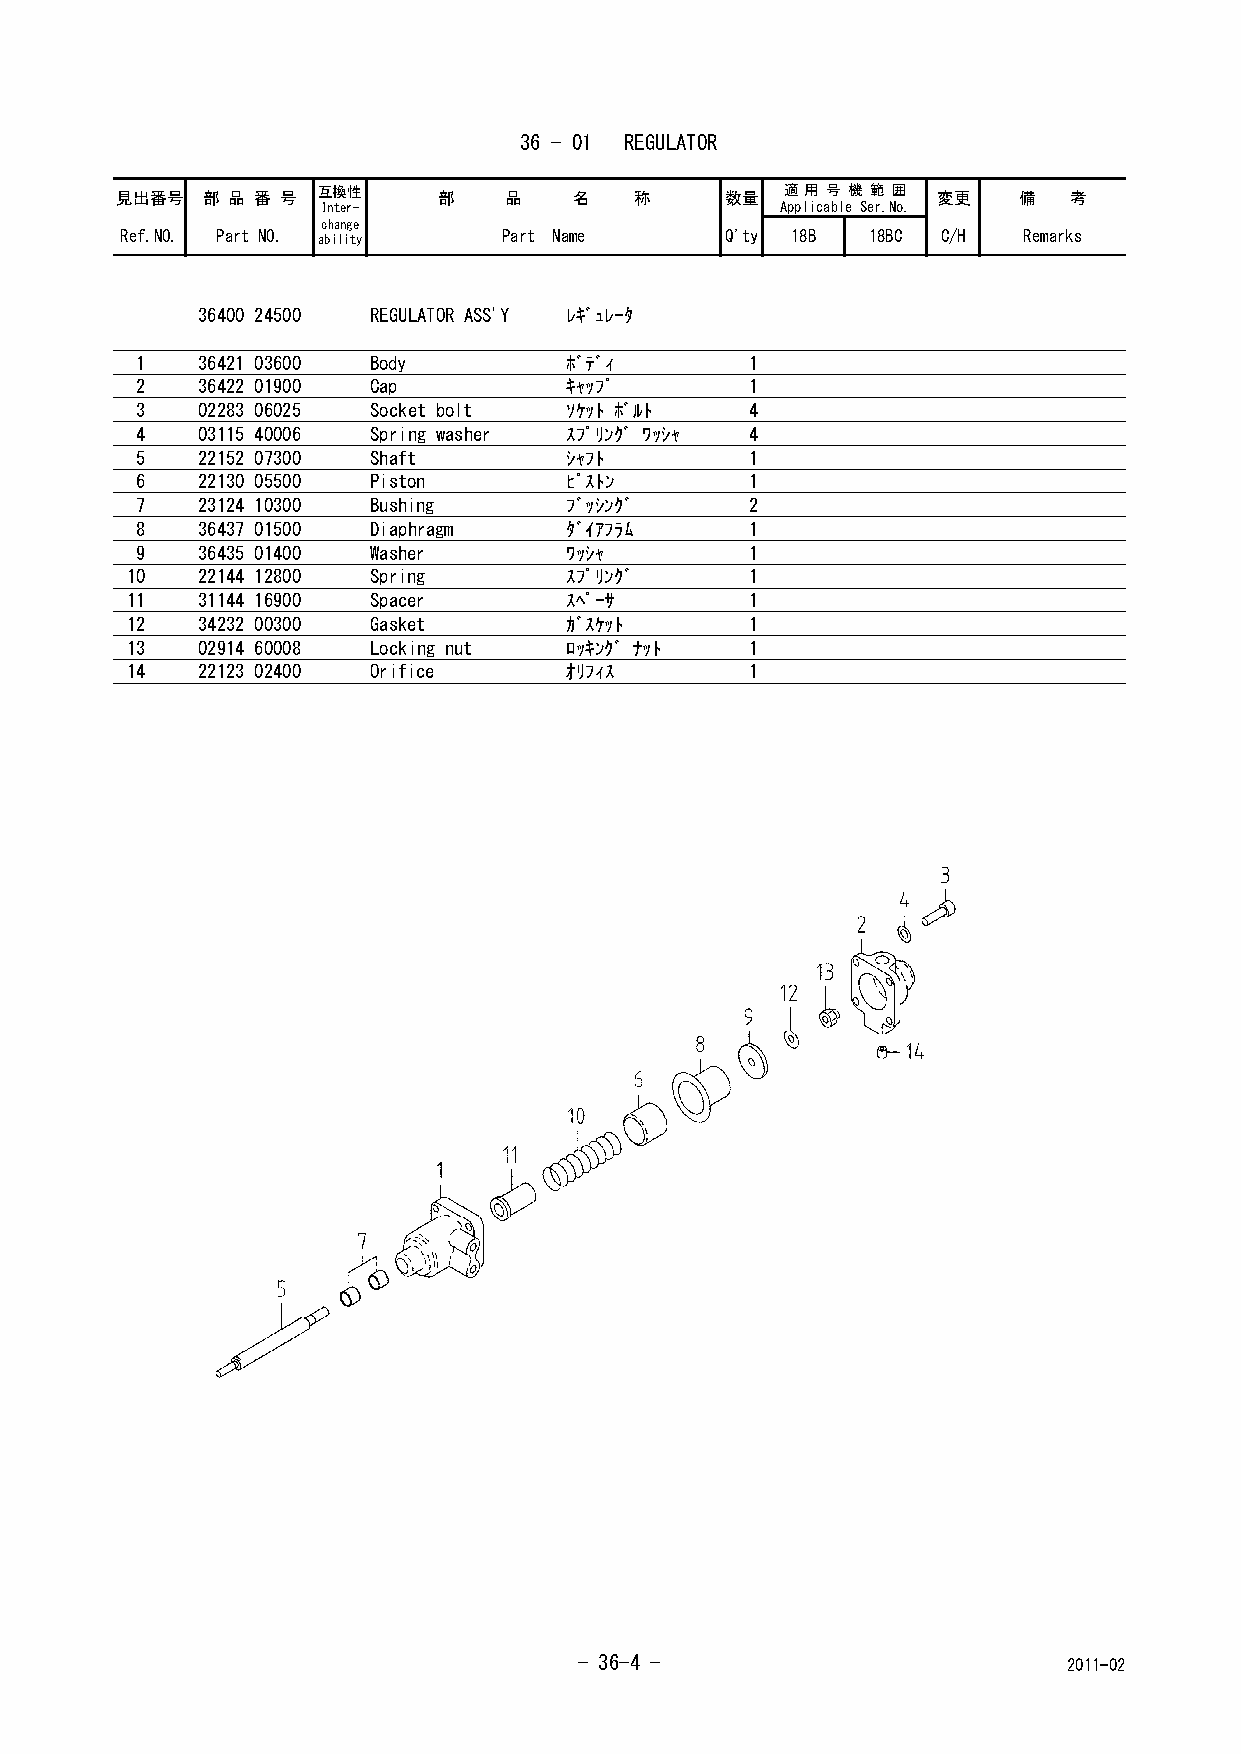
36 - 01 REGULATOR
 見出番号 部 品 番 号 互換性     部   品    名   称     数量  適 用 号 機 範 囲 変更 備   考
 Inter-                         Applicable Ser.No.
 change
 Ref.NO. Part NO. ability Part Name      Q'ty 18B 18BC C/H   Remarks
 36400 24500 REGULATOR ASS'Y ﾚｷﾞｭﾚｰﾀ
 1   36421 03600 Body         ﾎﾞﾃﾞｨ       1
 2   36422 01900 Cap          ｷｬｯﾌﾟ       1
 3   02283 06025 Socket bolt  ｿｹｯﾄ ﾎﾞﾙﾄ   4
 4   03115 40006 Spring washer ｽﾌﾟﾘﾝｸﾞ ﾜｯｼｬ 4
 5   22152 07300 Shaft        ｼｬﾌﾄ        1
 6   22130 05500 Piston       ﾋﾟｽﾄﾝ       1
 7   23124 10300 Bushing      ﾌﾞｯｼﾝｸﾞ     2
 8   36437 01500 Diaphragm    ﾀﾞｲｱﾌﾗﾑ     1
 9   36435 01400 Washer       ﾜｯｼｬ        1
 10   22144 12800 Spring       ｽﾌﾟﾘﾝｸﾞ     1
 11   31144 16900 Spacer       ｽﾍﾟｰｻ       1
 12   34232 00300 Gasket       ｶﾞｽｹｯﾄ      1
 13   02914 60008 Locking nut  ﾛｯｷﾝｸﾞ ﾅｯﾄ  1
 14   22123 02400 Orifice      ｵﾘﾌｨｽ       1
 - 36-4 -                         2011-02